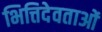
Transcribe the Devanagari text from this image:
भित्तिदेवताओं